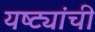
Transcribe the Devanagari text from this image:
यष्ट्यांची